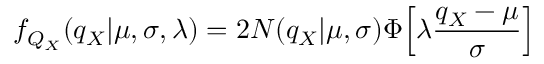
f _ { Q _ { X } } ( q _ { X } | \mu , \sigma , \lambda ) = 2 N ( q _ { X } | \mu , \sigma ) \Phi \Bigl [ \lambda \frac { q _ { X } - \mu } { \sigma } \Bigr ]